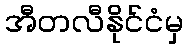
အီတလီနိုင်ငံမှ